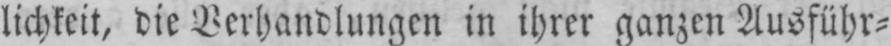
lichkeit, die Verhandlungen in ihrer ganzen Ausführ⸗